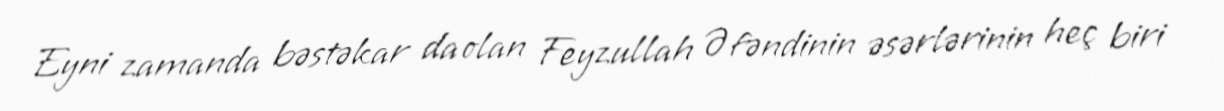
Eyni zamanda bəstəkar da olan Feyzullah Əfəndinin əsərlərinin heç biri